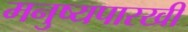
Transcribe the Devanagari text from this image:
मनुष्यपारखी